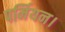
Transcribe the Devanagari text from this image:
पर्मियन।